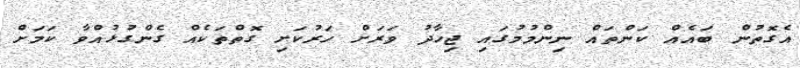
އެގޮތުން ބައެއް ކަންތައް ނިންމުމުގައި ޖިހާދު ވަރަށް ހަރުކަށި ގޮތްތަކެއް ގެންގުޅުއްވާ ކަމަށް